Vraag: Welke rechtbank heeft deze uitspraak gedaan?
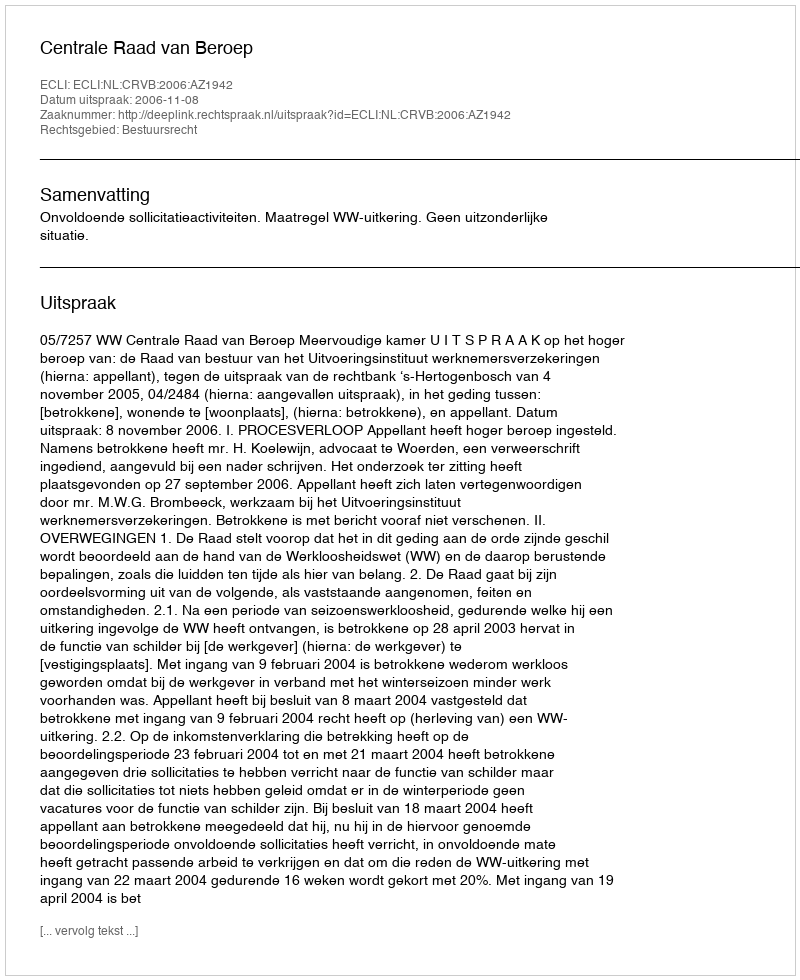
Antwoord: Centrale Raad van Beroep